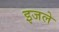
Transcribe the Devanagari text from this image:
इजले